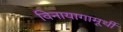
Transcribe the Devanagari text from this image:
विनायागामूर्थी